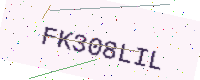
Text: FK308LIL